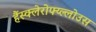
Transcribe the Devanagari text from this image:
हैंस्क्लेरोफ्य्ल्लोउस